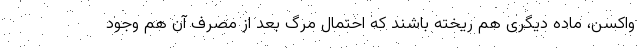
واکسن، ماده دیگری هم ریخته باشند که احتمال مرگ بعد از مصرف آن هم وجود